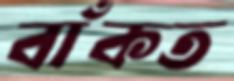
বাঁকত